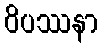
ဝိပဿနာ